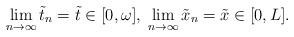
LaTeX: \begin{align*}\lim_{n\to\infty}\tilde t_n=\tilde t\in [0,\omega],\; \lim_{n\to\infty} \tilde x_n=\tilde x\in [0,L].\end{align*}